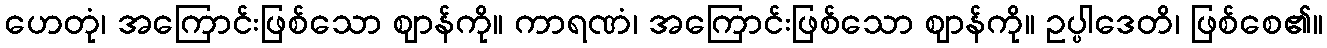
ဟေတုံ၊ အကြောင်းဖြစ်သော ဈာန်ကို။ ကာရဏံ၊ အကြောင်းဖြစ်သော ဈာန်ကို။ ဥပ္ပါဒေတိ၊ ဖြစ်စေ၏။